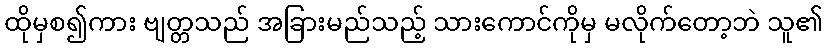
ထိုမှစ၍ကား ဗျတ္တသည် အခြားမည်သည့် သားကောင်ကိုမှ မလိုက်တော့ဘဲ သူ၏